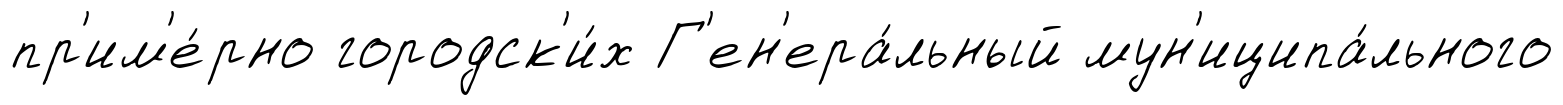
пр'им'е́рно городск'и́х Г'ен'ера́льный мун'иципа́льного